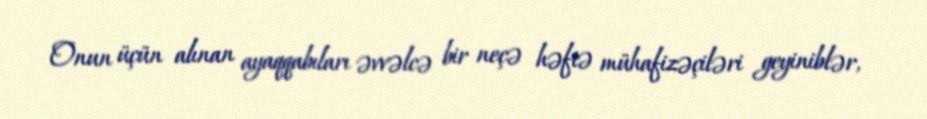
Onun üçün alınan ayaqqabıları əvvəlcə bir neçə həftə mühafizəçiləri geyiniblər,